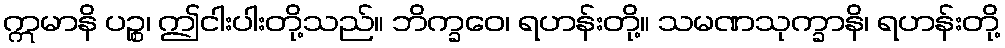
ဣမာနိ ပဉ္စ၊ ဤငါးပါးတို့သည်။ ဘိက္ခဝေ၊ ရဟန်းတို့။ သမဏသုက္ခာနိ၊ ရဟန်းတို့